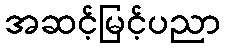
အဆင့်မြင့်ပညာ